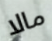
مالا